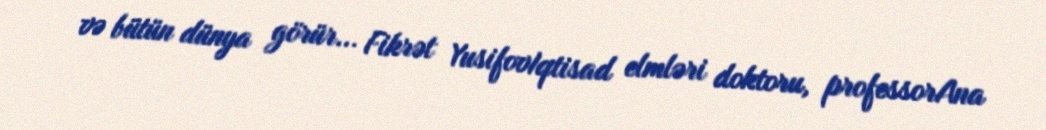
və bütün dünya görür... Fikrət YusifovIqtisad elmləri doktoru, professorAna